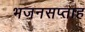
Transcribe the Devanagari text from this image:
भजनसप्‍ताह